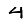
Digit: 4